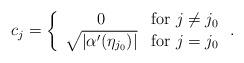
LaTeX: \begin{align*}c_j=\left\{\begin{array}{cl}0&\mathrm{for}\ j\neq j_0\\\sqrt{|\alpha'(\eta_{j_0})|}&\mathrm{for}\ j= j_0\end{array}\right..\end{align*}